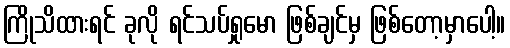
ကြိုသိထားရင် ခုလို ရင်သပ်ရှုမော ဖြစ်ချင်မှ ဖြစ်တော့မှာပေါ့။